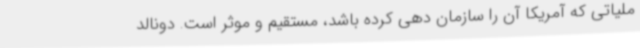
ملیاتی که آمریکا آن را سازمان دهی کرده باشد، مستقیم و موثر است. دونالد